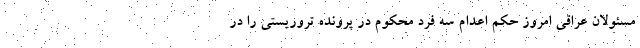
مسئولان عراقی امروز حکم اعدام سه فرد محکوم در پرونده تروریستی را در